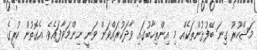
މަޝްހޫރު ގިނަ ބޭފުޅުންތަކެއް މި އިންތިޚާބުގައި ވާދަކުރައްވަން ވަނީ ނިންމަވާފައެވެ. އެގޮތުން ކުރީގެ